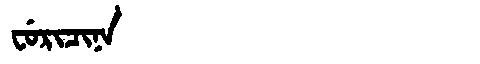
Manchu: ᠸᡠᡵᡳᠴᡳᠨᠠ
Romanization: FURICINA